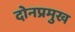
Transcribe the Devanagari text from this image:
दोनप्रमुख